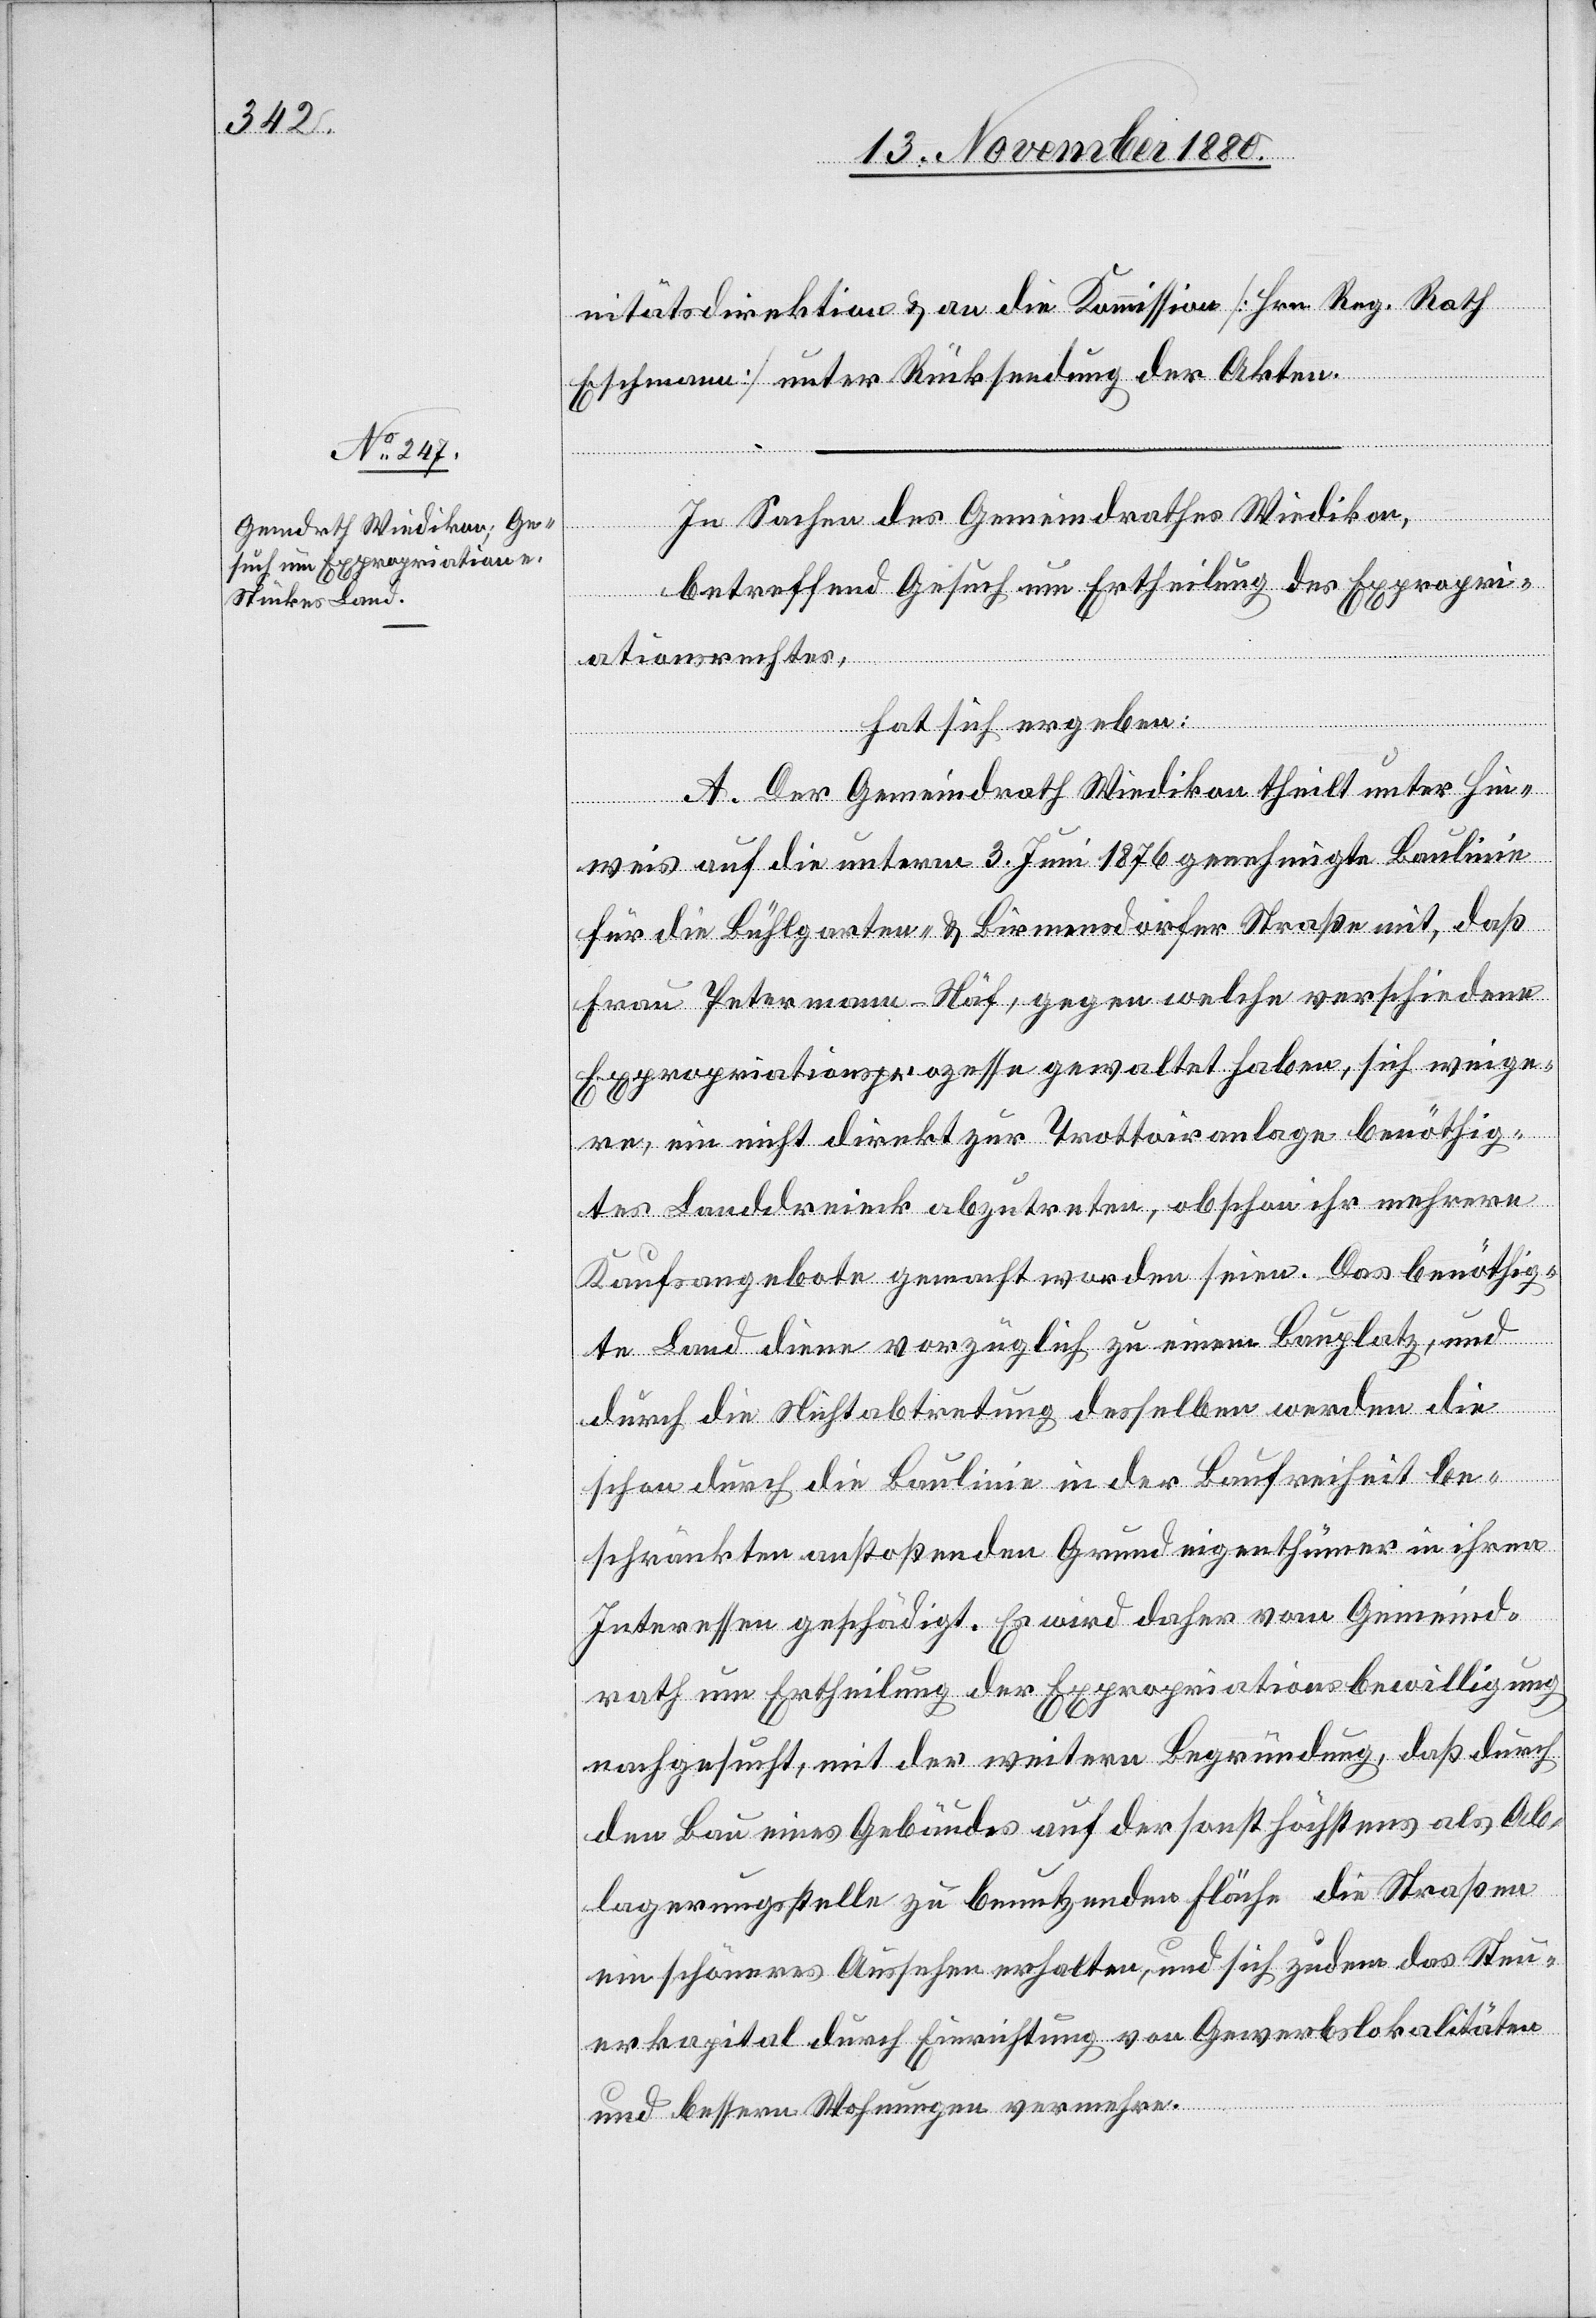
nitätsdirektion & an die Kommission [Hrn. Reg. Rath
Eschmann] unter Rücksendung der Akten.
In Sachen des Gemeindrathes Wiedikon,
betreffend Gesuch um Ertheilung des Expropri¬
ationsrechtes,
hat sich ergeben:
A. Der Gemeindrath Wiedikon theilt unter Hin¬
wies auf die unterm 3. Juni 1876 genehmigte Baulinie
für die Bühlgarten- & Birmensdorfer Straße mit, daß
Frau Petermann-Näf, gegen welche verschiedene
Expropriationsprozesse gewaltet haben, sich weige¬
re, ein nicht direkt zur Trottoiranlage benöthig¬
tes Landdreieck abzutreten, obschon ihr mehrere
Kaufsangebote gemacht worden seien. Das benöthig¬
te Land diene vorzüglich zu einem Bauplatz, und
durch die Nichtabtretung desselben werden die
schon durch die Baulinie in der Baufreiheit be¬
schränkten anstoßenden Grundeigenthümer in ihren
Interessen geschädigt. Es wird daher vom Gemeind¬
rath um Ertheilung der Expropriationsbewilligung
nachgesucht, mit der weitern Begründung, daß durch
den Bau eines Gebäudes auf der sonst höchstens als Ab¬
lagerungsstelle zu benutzenden Fläche die Straßen
ein schöneres Aussehen erhalten, und sich zudem das Steu¬
erkapital durch Einrichtung von Gewerbslokalitäten
und bessern Wohnungen vermehre.